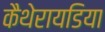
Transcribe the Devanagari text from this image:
कैथेरायडिया